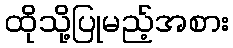
ထိုသို့ပြုမည့်အစား